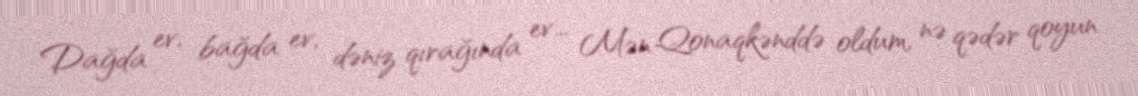
Dağda ev, bağda ev, dəniz qırağında ev... Mən Qonaqkənddə oldum, nə qədər qoyun